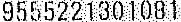
9555221301081